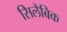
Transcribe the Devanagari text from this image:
सिलैबिक